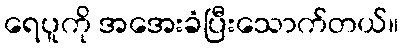
ရေပူကို အအေးခံပြီးသောက်တယ်။